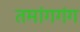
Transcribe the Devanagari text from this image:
तमांगगंग